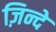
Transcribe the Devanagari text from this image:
ज़िन्दे